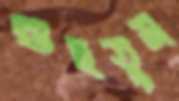
গুছতুম